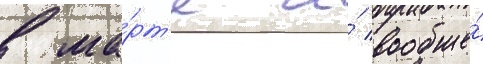
в ма́рт'е и́ вообще́